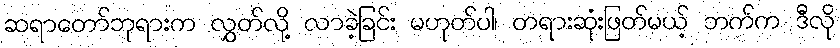
ဆရာတော်ဘုရားက လွှတ်လို့ လာခဲ့ခြင်း မဟုတ်ပါ၊ တရားဆုံးဖြတ်မယ့် ဘက်က ဒီလို